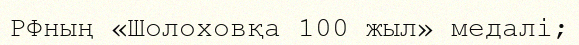
РФның «Шолоховқа 100 жыл» медалі;